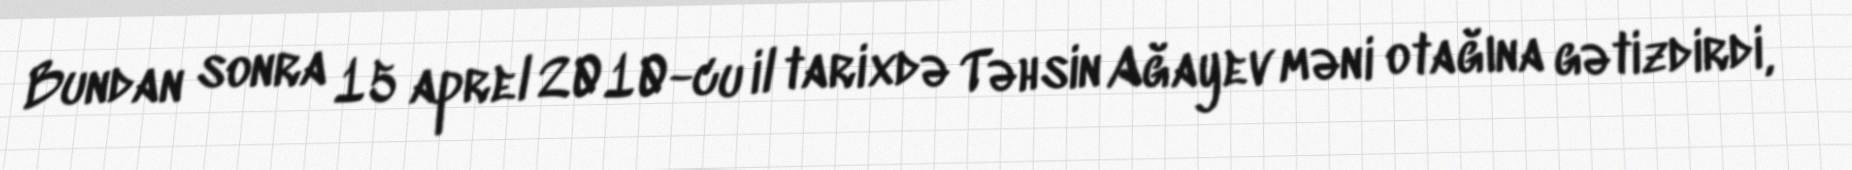
Bundan sonra 15 aprel 2010-cu il tarixdə Təhsin Ağayev məni otağına gətizdirdi,